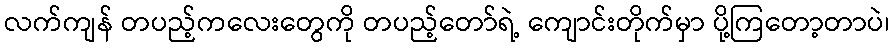
လက်ကျန် တပည့်ကလေးတွေကို တပည့်တော်ရဲ့ ကျောင်းတိုက်မှာ ပို့ကြတော့တာပဲ၊